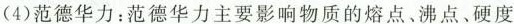
(4)范德华力：范德华力主要影响物质的熔点、沸点、硬度